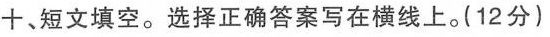
十、短文填空。选择正确答案写在横线上。(12分)